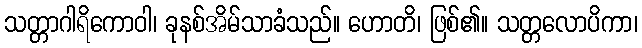
သတ္တာဂါရိကောဝါ၊ ခုနစ်အိမ်သာခံသည်။ ဟောတိ၊ ဖြစ်၏။ သတ္တလောပိကာ၊